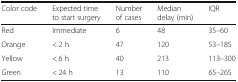
<table><thead><tr><td><b>Color code</b></td><td><b>Expected time to start surgery</b></td><td><b>Number of cases</b></td><td><b>Median delay (min)</b></td><td><b>IQR</b></td></tr></thead><tbody><tr><td>Red</td><td>Immediate</td><td>6</td><td>48</td><td>35–60</td></tr><tr><td>Orange</td><td>&lt; 2 h</td><td>47</td><td>120</td><td>53–185</td></tr><tr><td>Yellow</td><td>&lt; 6 h</td><td>40</td><td>213</td><td>113–300</td></tr><tr><td>Green</td><td>&lt; 24 h</td><td>13</td><td>110</td><td>65–265</td></tr></tbody></table>